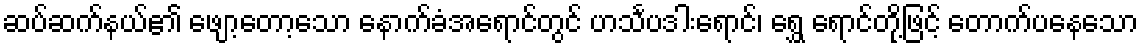
ဆပ်ဆက်နယ်၏ ဖျော့တော့သော နောက်ခံအရောင်တွင် ဟင်္သပဒါးရောင်၊ ရွှေ ရောင်တို့ဖြင့် တောက်ပနေသော